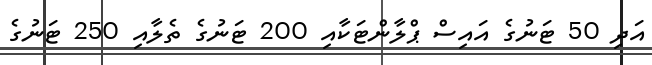
އަދި 50 ޓަނުގެ އައިސް ޕްލާންޓަކާއި 200 ޓަނުގެ ތެލާއި 250 ޓަނުގެ